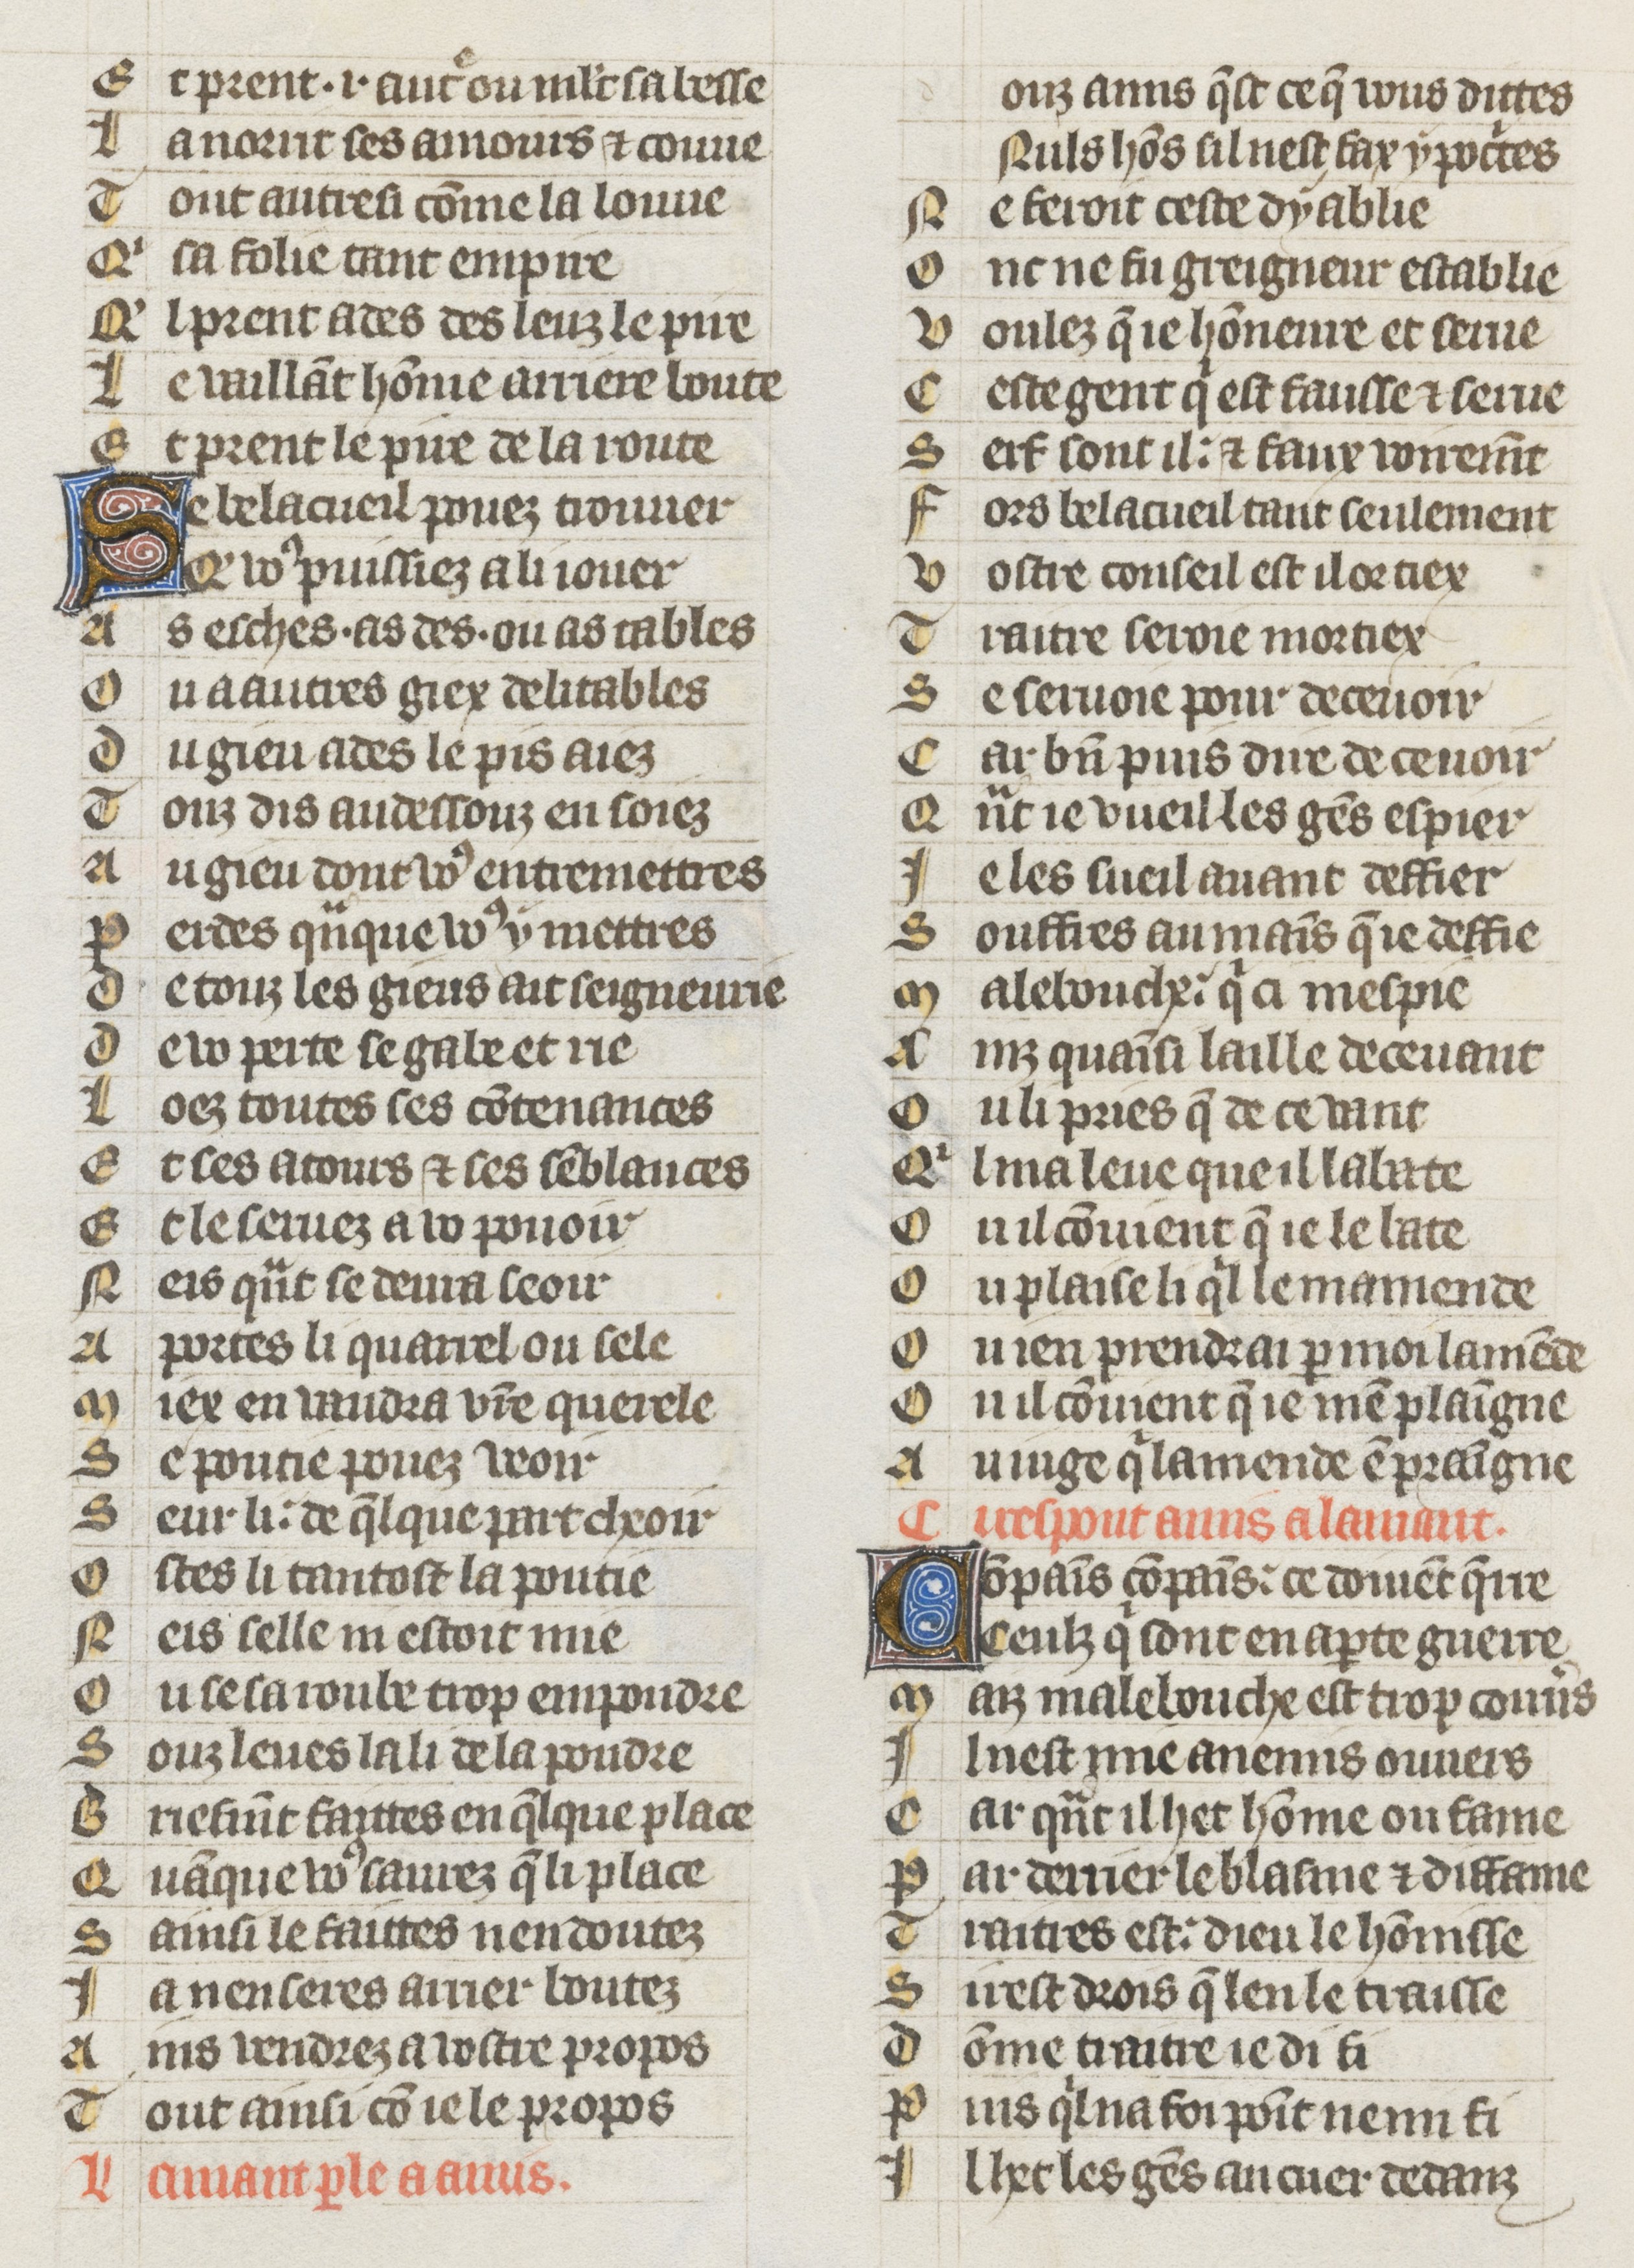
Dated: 1353–1353